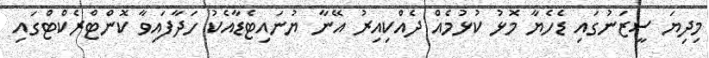
މިދިޔަ ސީޒަނުގައި ޑެހެޔާ މޮޅު ކުޅުމެއް ދެއްކިއިރު އޭނާ ޔުނައިޓެޑާއެކު ހަދާފައިވާ ކޮންޓްރެކްޓްގައި